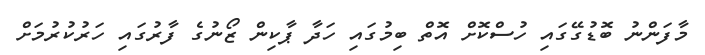
މާފަންނު ބޮޑުގޭގައި ހުސްކޮށް އޮތް ބިމުގައި ހަދާ ޕާކިން ޒޯނުގެ ފާރުގައި ހަރުކުރުމަށް